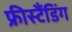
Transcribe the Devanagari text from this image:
फ्रीस्टैंडिंग